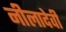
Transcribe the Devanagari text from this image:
नीलादेवी